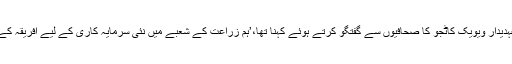
منگل کو بھارتی وزارت خارجہ کے ایک سینئر عہدیدار ویویک کاٹجو کا صحافیوں سے گفتگو کرتے ہوئے کہنا تھا،’ہم زراعت کے شعبے میں نئی سرمایہ کاری کے لیے افریقہ کے ساتھ تعلقات کو بڑھانے میں مصروف عمل ہیں‘۔